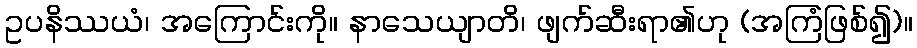
ဥပနိဿယံ၊ အကြောင်းကို။ နာသေယျာတိ၊ ဖျက်ဆီးရာ၏ဟု (အကြံဖြစ်၍)။